画像に写った文字を読んでください
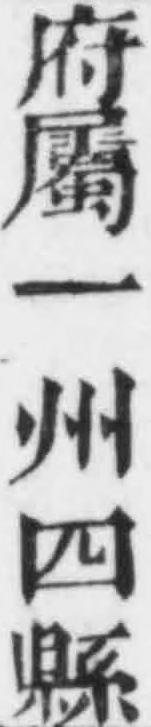
「府屬一州四縣」と書いてあります